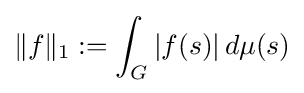
\|f\|_{1}:=\int _{G}|f(s)|\,d\mu (s)